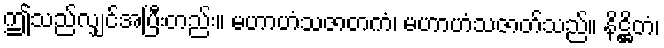
ဤသည်လျှင်အပြီးတည်း။ မဟာဟံသဇာတကံ၊ မဟာဟံသဇာတ်သည်။ နိဋ္ဌိတံ၊